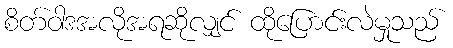
စိတ်ဝါဒအလိုအရဆိုလျှင် ထိုပြောင်းလဲမှုသည်